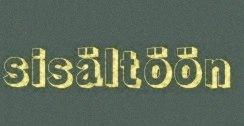
sisältöön